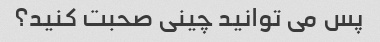
پس می توانید چینی صحبت کنید؟